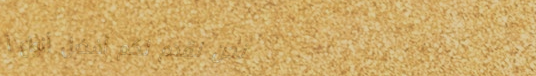
نحن نقدم لكم أفضل أنواع ا